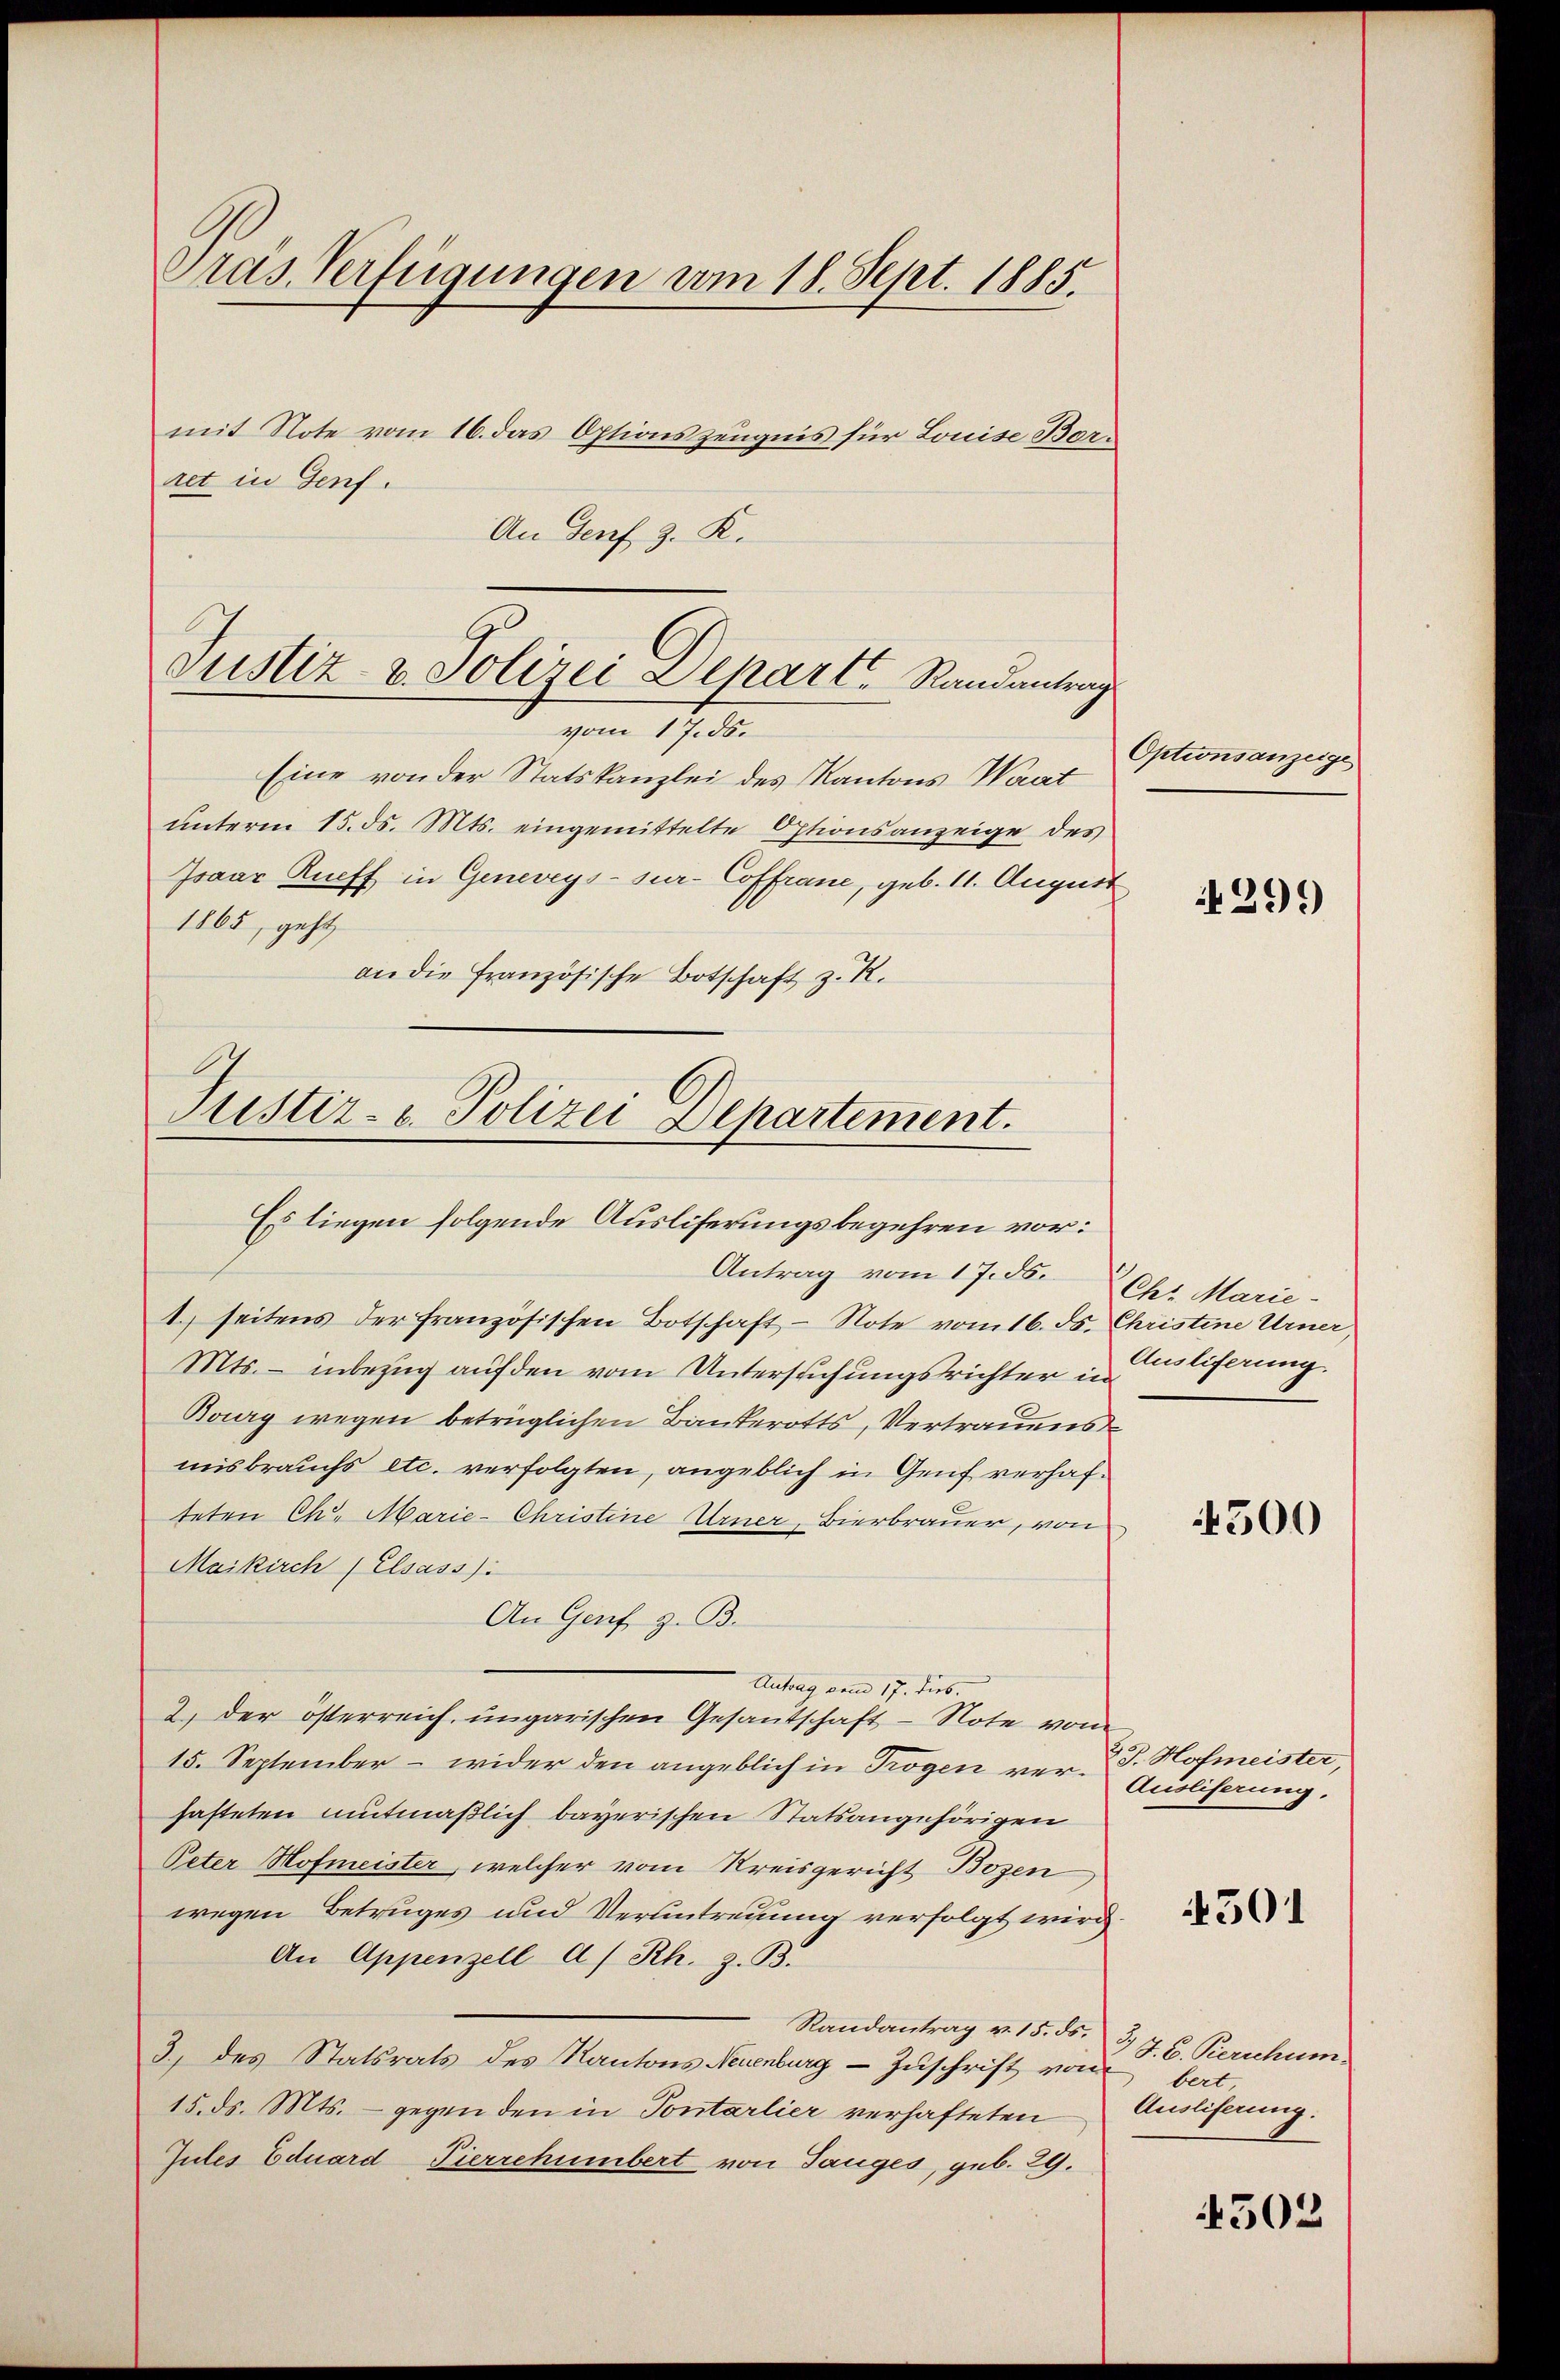
Gras Verfügungen vom 18. Sept. 1885.

mit Note vom 16. das Optionszeugnis für Louise Barret in Genf.
An Genf 3. K.

Justiz v. Polizei Depart Randantrag

vom 17. ds.
Eine von der Statskanzlei des Kantons Waat
unterm 15. ds. Mts. eingemittelte Optionsanzeige des
Jsaar Rueff in Geneveys-sur-Coffrane, geb. 11. August
1865, geht
ane die französische Botschaft z. R.

Justiz- u. Polizei Departement.
Es liegen folgende Ausliferungsbegehren vor:

Antrag vom 17. ds.
1. seitens der französischen Botschaft - Note vom 16. ds. Christine Urner,
Mts. – inbezug auf den vom Untersuchungsrichter in
Bourg wegen betrüglichen Bankerotts, Vertrauens
misbrauchs etc. verfolgten, angeblich in Genf verhafteten Ch. Marie-Christine Urner, Bierbrauer, von
Maikirch (Elsass):
An Genf z. B.
Antrag vom 17. dies
2) der österreich, ungarischen Gesantschaft - Note vom
15. September – wider den angeblich in Trogen verhafteten mutmaßlich bayerischen Statsangehörigen
Peter Hofmeister, welcher vom Kreisgericht Bozen,
wegen Betruges und Verantreuung verfolgt wird
An Appenzell A/Rh. z. B.
Randantrag v. 15. ds.
3) des Statsrats des Kantons Neuenburg - Zuschrift von
15. ds. Mts. - gegen den in Sontarlier verhafteten
Gutes Eduard Pierrchumbert von Tauges, geb. 29.

Optionsanzeige

299

Chr. Marie-
Ausliferung.

500

23. Hofmeister,
Ausliserung.

501

3.) J. B. Kerschum
bert,
Ausliferung.

4302